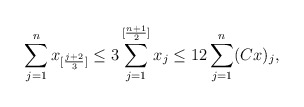
\begin{align*} \sum_{j=1}^{n}x_{[\frac{j+2}{3}]} \leq 3\sum_{j=1}^{[\frac{n+1}{2}]}x_j\leq 12 \sum_{j=1}^n (Cx)_j,\end{align*}